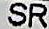
SR